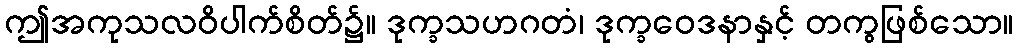
ဤအကုသလဝိပါက်စိတ်၌။ ဒုက္ခသဟဂတံ၊ ဒုက္ခဝေဒနာနှင့် တကွဖြစ်သော။